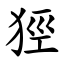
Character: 㹵